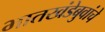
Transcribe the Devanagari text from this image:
भातखंडेबुवांचे